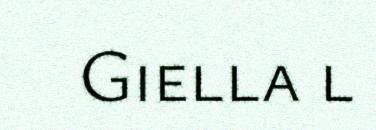
Giella l